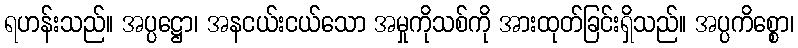
ရဟန်းသည်။ အပ္ပဋ္ဌော၊ အနငယ်းငယ်သော အမှုကိုသစ်ကို အားထုတ်ခြင်းရှိသည်။ အပ္ပကိစ္စော၊